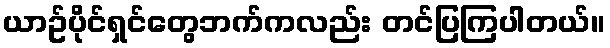
ယာဥ်ပိုင်ရှင်တွေဘက်ကလည်း တင်ပြကြပါတယ်။